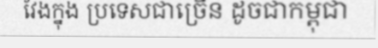
វែងក្នុង ប្រទេសជាច្រើន ដូចជាកម្ពុជា